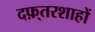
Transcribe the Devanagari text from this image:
दफ़्तरशाहों